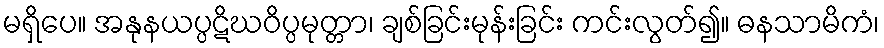
မရှိပေ။ အနုနယပ္ပဋိဃဝိပ္ပမုတ္တာ၊ ချစ်ခြင်းမုန်းခြင်း ကင်းလွတ်၍။ ဓနသာမိကံ၊